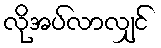
လိုအပ်လာလျှင်